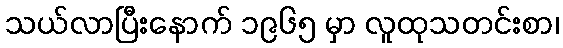
သယ်လာပြီးနောက် ၁၉၆၅ မှာ လူထုသတင်းစာ၊